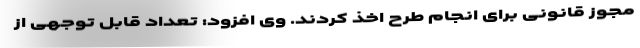
مجوز قانونی برای انجام طرح اخذ کردند. وی افزود: تعداد قابل توجهی از